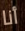
أنا